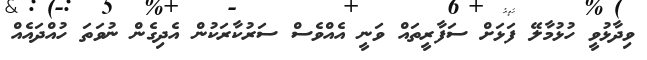
ވިދާޅުވީ ހުޅުމާލޭ ފަޅަށް ސަފާރީތައް ވަނީ އެއްވެސް ސަރުކާރަކުން އެދިގެން ނުވަތަ ހުއްދައެއް